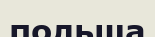
польша